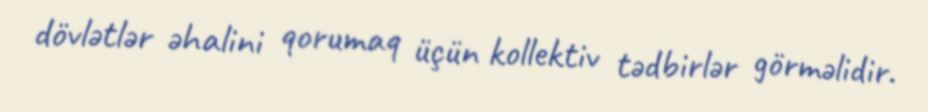
dövlətlər əhalini qorumaq üçün kollektiv tədbirlər görməlidir.